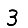
Digit: 3